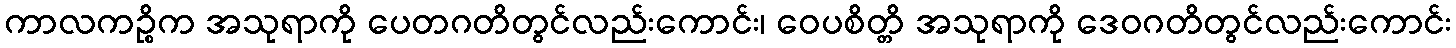
ကာလကဉ္စိက အသုရာကို ပေတဂတိတွင်လည်းကောင်း၊ ဝေပစိတ္တိ အသုရာကို ဒေဝဂတိတွင်လည်းကောင်း